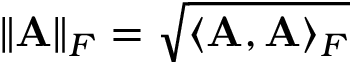
\| \mathbf { A } \| _ { F } = \sqrt { \langle \mathbf { A } , \mathbf { A } \rangle _ { F } }